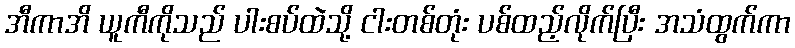
အီကာအိ ယူကီကိုသည် ပါးစပ်ထဲသို့ ငါးတစ်တုံး ပစ်ထည့်လိုက်ပြီး အသံထွက်ကာ